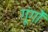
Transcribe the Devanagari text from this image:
गूंगों